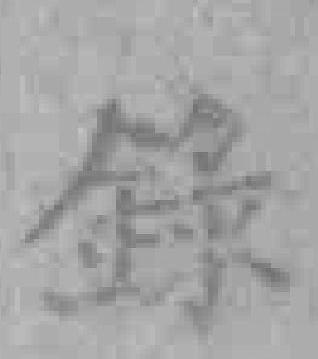
錄